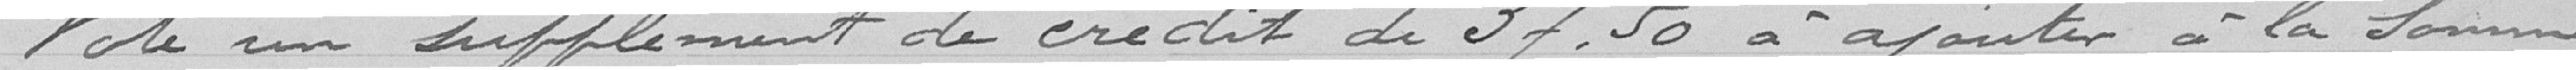
Vote un supplément de crédit de 37.50 à ajouter à la somme